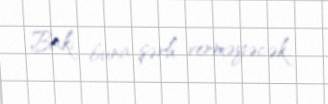
Bakı buna şərh verməyəcək.